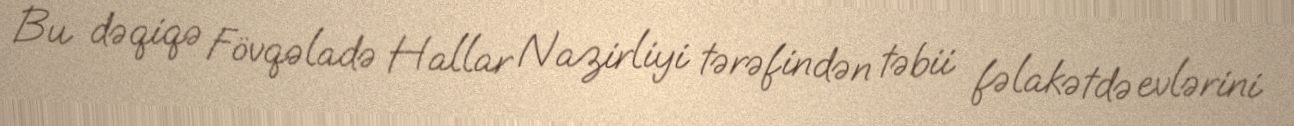
Bu dəqiqə Fövqəladə Hallar Nazirliyi tərəfindən təbii fəlakətdə evlərini